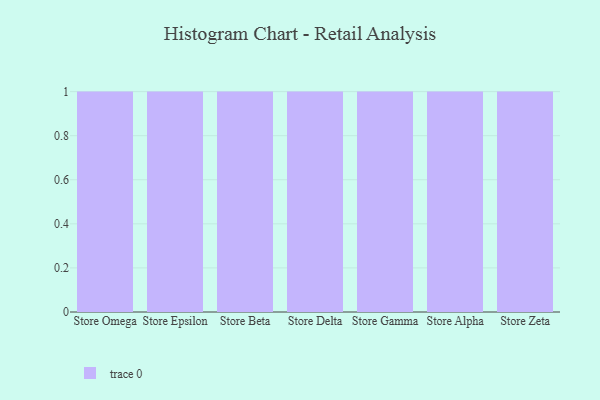
{"axis": {"x": "Store", "y": "Customer Acquisition Cost (USD)"}, "legend": [""], "data": [{"x": "Store Omega", "y": 46, "type": ""}, {"x": "Store Epsilon", "y": 61, "type": ""}, {"x": "Store Beta", "y": 60, "type": ""}, {"x": "Store Delta", "y": 78, "type": ""}, {"x": "Store Gamma", "y": 87, "type": ""}, {"x": "Store Alpha", "y": 22, "type": ""}, {"x": "Store Zeta", "y": 19, "type": ""}]}